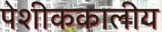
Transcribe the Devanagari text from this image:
पेशीककालीय